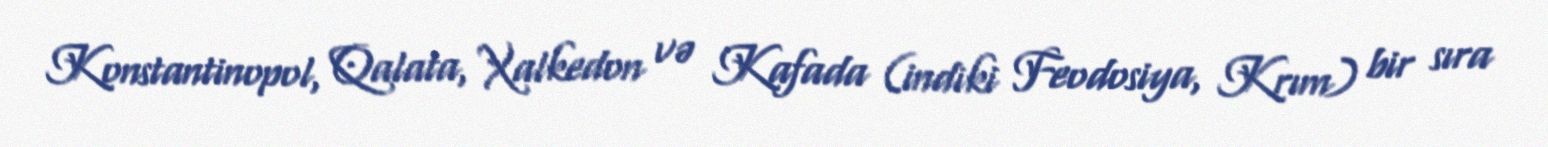
Konstantinopol, Qalata, Xalkedon və Kafada (indiki Feodosiya, Krım) bir sıra